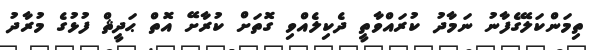
ތިމަންކަލޭގެފާނު ނަމާދު ކުރައްވާތީ ދެކިލެއްވި ގޮތަށް ކުރާށޭ އޮތް ޙަދީޘް ފުޅުގެ މުރާދު